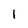
Character: 1